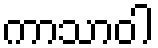
ကာသာဝါ